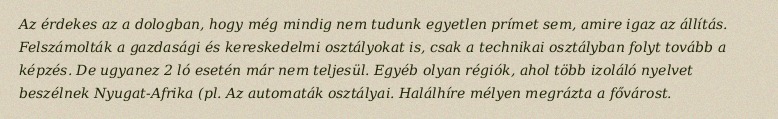
Az érdekes az a dologban, hogy még mindig nem tudunk egyetlen prímet sem, amire igaz az állítás. Felszámolták a gazdasági és kereskedelmi osztályokat is, csak a technikai osztályban folyt tovább a képzés. De ugyanez 2 ló esetén már nem teljesül. Egyéb olyan régiók, ahol több izoláló nyelvet beszélnek Nyugat-Afrika (pl. Az automaták osztályai. Halálhíre mélyen megrázta a fővárost.